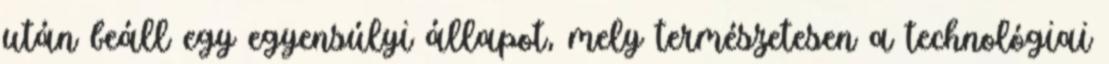
után beáll egy egyensúlyi állapot, mely természetesen a technológiai